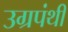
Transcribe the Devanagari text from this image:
उग्रपंथी